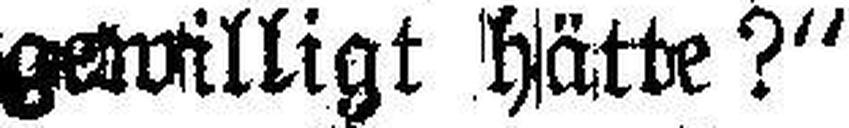
gewilligt hätte?“